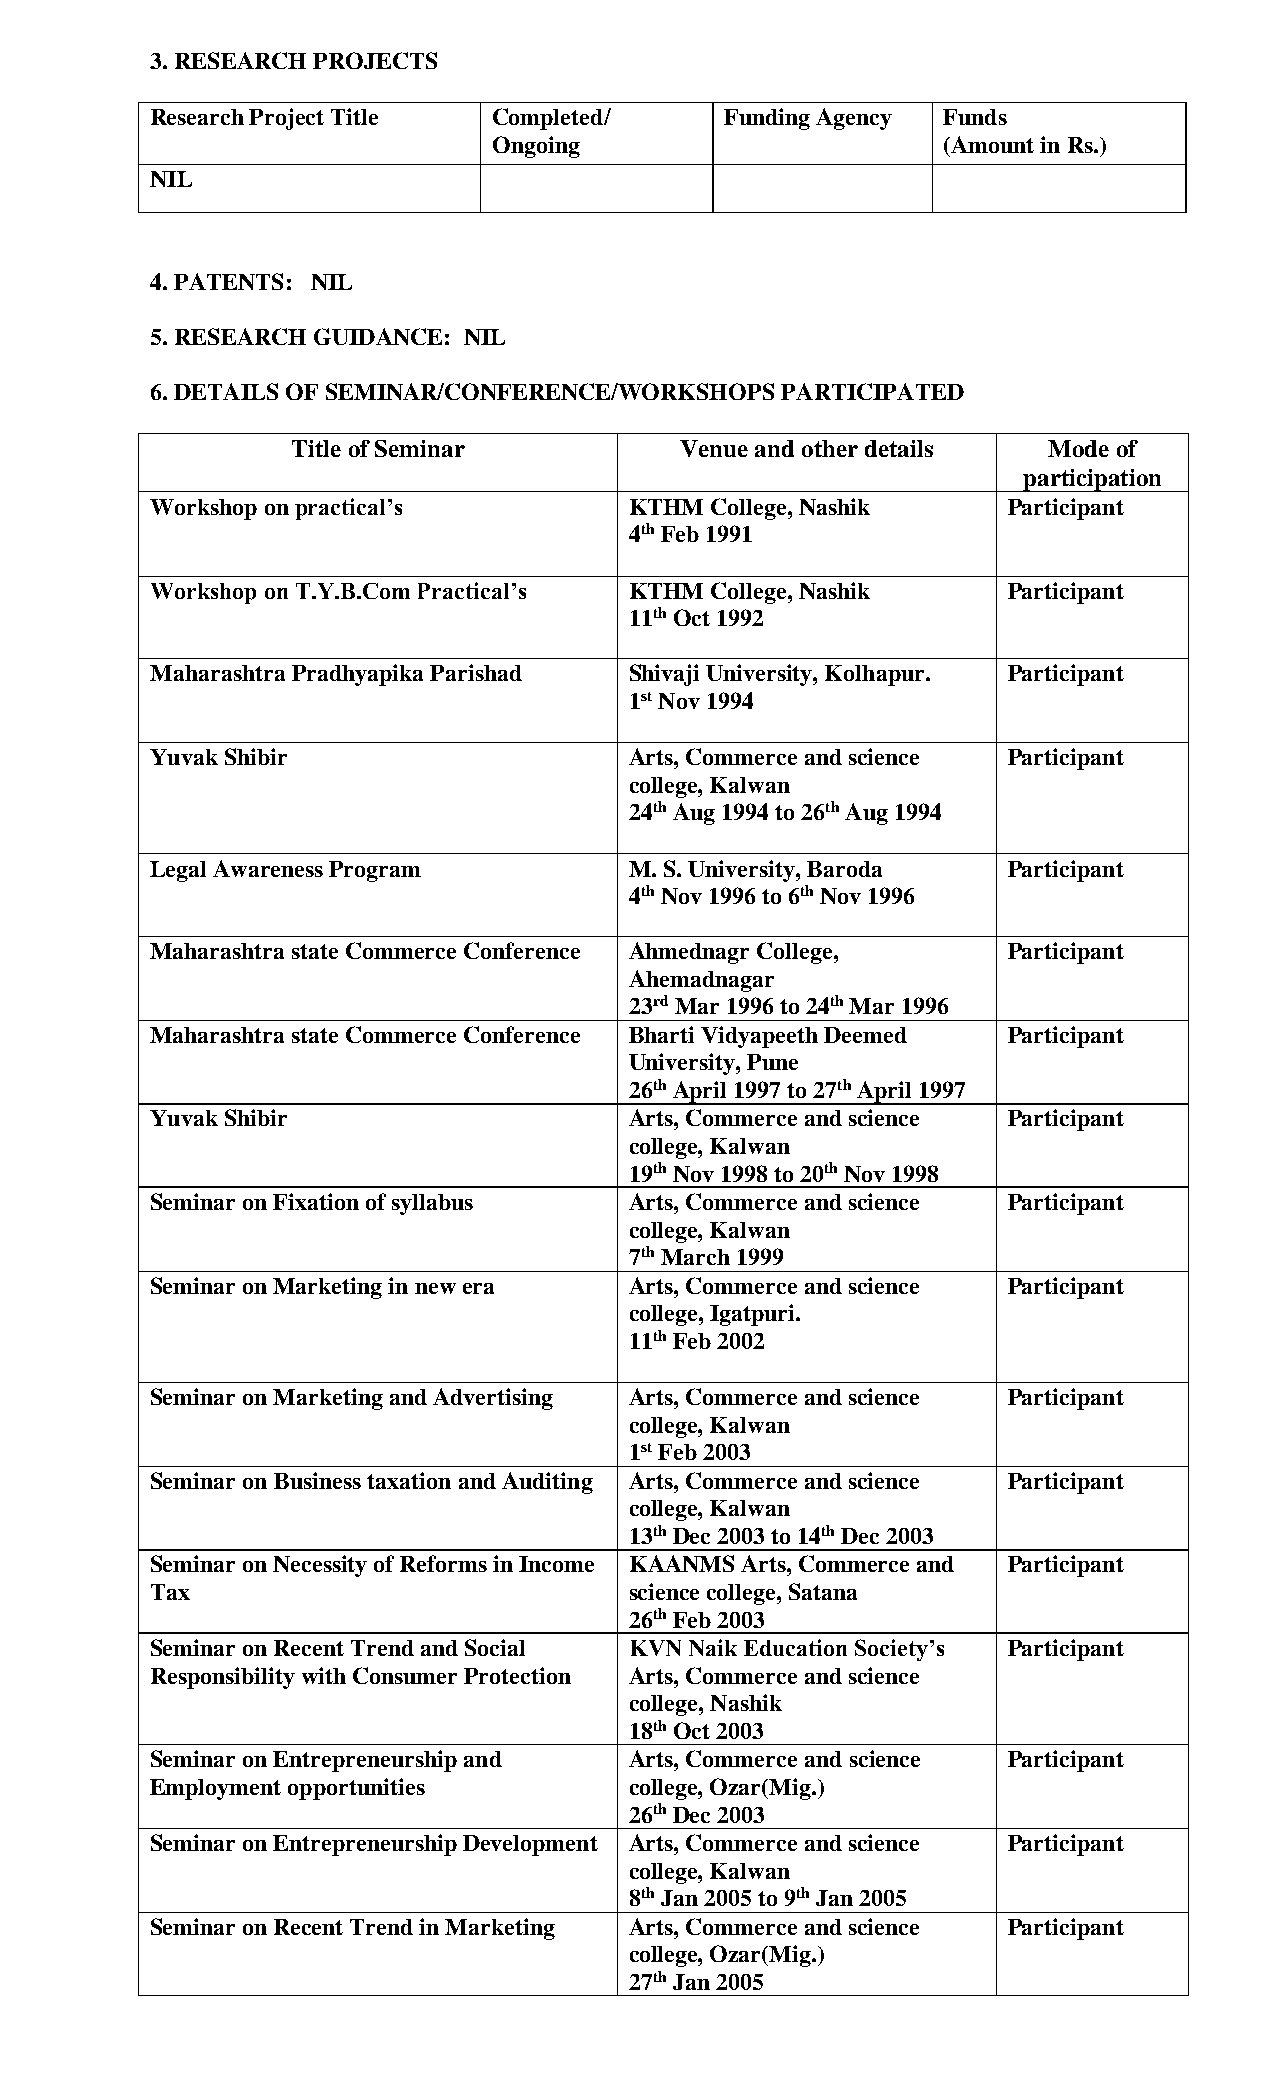
3. RESEARCH PROJECTS
 Research Project Title Completed/     Funding Agency Funds
 Ongoing                      (Amount in Rs.)
 NIL
 4. PATENTS: NIL
 5. RESEARCH GUIDANCE: NIL
 6. DETAILS OF SEMINAR/CONFERENCE/WORKSHOPS PARTICIPATED
 Title of Seminar          Venue and other details Mode of
 participation
 Workshop on practical’s         KTHM College, Nashik     Participant
 4th Feb 1991
 Workshop on T.Y.B.Com Practical’s KTHM College, Nashik   Participant
 11th Oct 1992
 Maharashtra Pradhyapika Parishad Shivaji University, Kolhapur. Participant
 1st Nov 1994
 Yuvak Shibir                    Arts, Commerce and science Participant
 college, Kalwan
 24th Aug 1994 to 26th Aug 1994
 Legal Awareness Program         M. S. University, Baroda Participant
 4th Nov 1996 to 6th Nov 1996
 Maharashtra state Commerce Conference Ahmednagr College, Participant
 Ahemadnagar
 23rd Mar 1996 to 24th Mar 1996
 Maharashtra state Commerce Conference Bharti Vidyapeeth Deemed Participant
 University, Pune
 26th April 1997 to 27th April 1997
 Yuvak Shibir                    Arts, Commerce and science Participant
 college, Kalwan
 19th Nov 1998 to 20th Nov 1998
 Seminar on Fixation of syllabus Arts, Commerce and science Participant
 college, Kalwan
 7th March 1999
 Seminar on Marketing in new era Arts, Commerce and science Participant
 college, Igatpuri.
 11th Feb 2002
 Seminar on Marketing and Advertising Arts, Commerce and science Participant
 college, Kalwan
 1st Feb 2003
 Seminar on Business taxation and Auditing Arts, Commerce and science Participant
 college, Kalwan
 13th Dec 2003 to 14th Dec 2003
 Seminar on Necessity of Reforms in Income KAANMS Arts, Commerce and Participant
 Tax                             science college, Satana
 26th Feb 2003
 Seminar on Recent Trend and Social KVN Naik Education Society’s Participant
 Responsibility with Consumer Protection Arts, Commerce and science
 college, Nashik
 18th Oct 2003
 Seminar on Entrepreneurship and Arts, Commerce and science Participant
 Employment opportunities        college, Ozar(Mig.)
 26th Dec 2003
 Seminar on Entrepreneurship Development Arts, Commerce and science Participant
 college, Kalwan
 8th Jan 2005 to 9th Jan 2005
 Seminar on Recent Trend in Marketing Arts, Commerce and science Participant
 college, Ozar(Mig.)
 27th Jan 2005